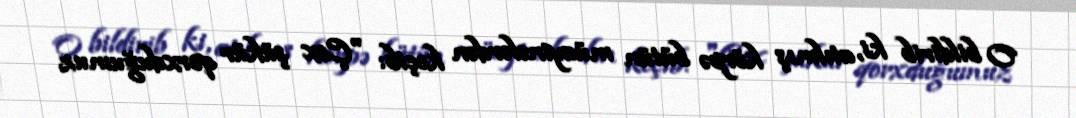
O bildirib ki, atılmış körpə bütün müayinələrdən keçib: "Çox şükür qorxduğumuz